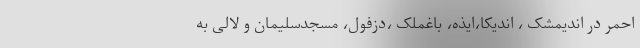
احمر در اندیمشک ، اندیکا،ایذه، باغملک ،دزفول، مسجدسلیمان و لالی به